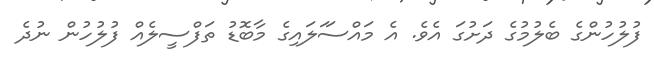
ފުލުހުންގެ ބެލުމުގެ ދަށުގަ އެވެ. އެ މައްސަަލައިގެ މާބޮޑު ތަފްސީލެއް ފުލުހުން ނުދެެ